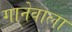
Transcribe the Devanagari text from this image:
गानेवाला